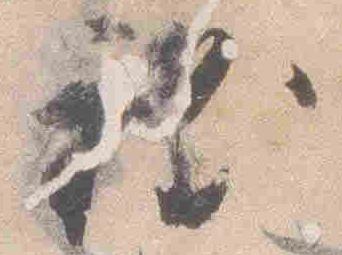
程